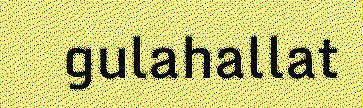
gulahallat